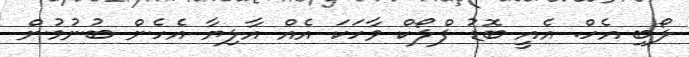
ލޯބި އެހް. އެއީ ބޮޑު ފްލޯކް ވާހަކަ އެއް އާލިޔާ އެހެން ބުނުމުން